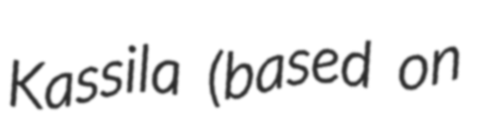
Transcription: Kassila (based on